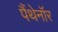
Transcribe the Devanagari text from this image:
पैंथेनॉर